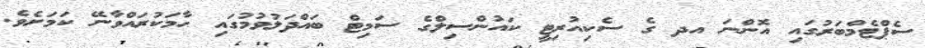
ސެޕްޓެމްބަރުގައި އޮންނަ އދ ގެ ސެކިއުރިޓީ ކައުންސިލްގެ ސަމިޓް ބައްދަލުވުމުގައި ހާމަކުރައްވާނޭ ކަމަށެވެ.